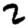
Digit: 2